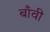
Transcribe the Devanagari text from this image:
बाँवी